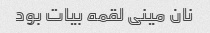
نان مینی لقمه بیات بود